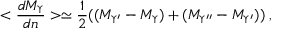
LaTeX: < \frac { d M _ { \Upsilon } } { d n } > \simeq \frac { 1 } { 2 } ( ( M _ { \Upsilon ^ { \prime } } - M _ { \Upsilon } ) + ( M _ { \Upsilon ^ { \prime \prime } } - M _ { \Upsilon ^ { \prime } } ) ) \; ,